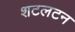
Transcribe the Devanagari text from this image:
शटलटन